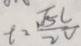
t = \frac { \sqrt { 5 } C } { 2 v }